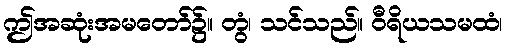
ဤအဆုံးအမတော်၌။ တွံ၊ သင်သည်။ ဝီရိယသမထံ၊